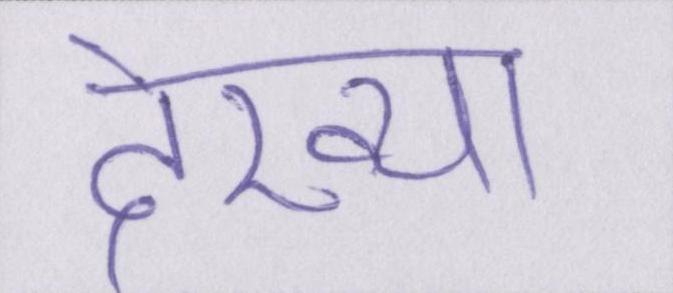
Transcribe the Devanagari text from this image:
देख्या